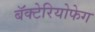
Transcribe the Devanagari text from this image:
बॅक्टेरियोफेग